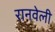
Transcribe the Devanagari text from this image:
रानवेली